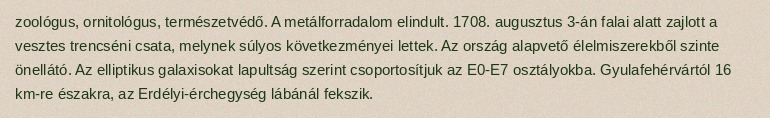
zoológus, ornitológus, természetvédő. A metálforradalom elindult. 1708. augusztus 3-án falai alatt zajlott a vesztes trencséni csata, melynek súlyos következményei lettek. Az ország alapvető élelmiszerekből szinte önellátó. Az elliptikus galaxisokat lapultság szerint csoportosítjuk az E0-E7 osztályokba. Gyulafehérvártól 16 km-re északra, az Erdélyi-érchegység lábánál fekszik.